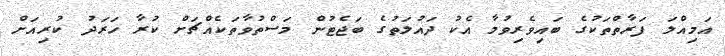
އަމިއްލަ ފަރާތްތަކުގެ ބައިވެރިވުމާ އެކު ދައުލަތުގެ ބަޖެޓުން މަސްތުވާތަކެއްޗަށް ކުރާ ހަރަދު ކުރިއަށް